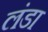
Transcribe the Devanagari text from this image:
लंडा